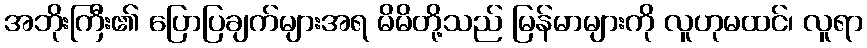
အဘိုးကြီး၏ ပြောပြချက်များအရ မိမိတို့သည် မြန်မာများကို လူဟုမထင်၊ လူရာ